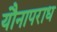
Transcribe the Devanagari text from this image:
यौनापराध